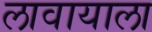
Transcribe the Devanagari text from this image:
लावायाला